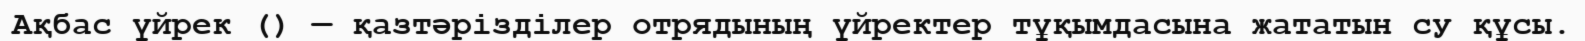
Ақбас үйрек () — қазтәрізділер отрядының үйректер тұқымдасына жататын су құсы.